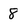
Character: 8